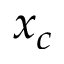
x _ { c }